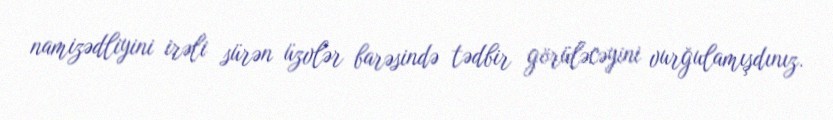
namizədliyini irəli sürən üzvlər barəsində tədbir görüləcəyini vurğulamışdınız.